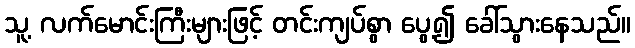
သူ့ လက်မောင်းကြီးများဖြင့် တင်းကျပ်စွာ ပွေ့၍ ခေါ်သွားနေသည်။